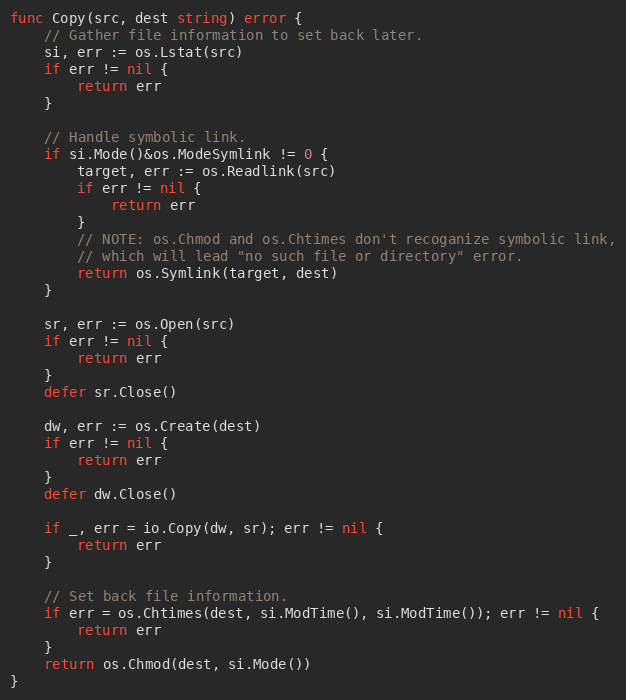
Language: Go
func Copy(src, dest string) error {
	// Gather file information to set back later.
	si, err := os.Lstat(src)
	if err != nil {
		return err
	}

	// Handle symbolic link.
	if si.Mode()&os.ModeSymlink != 0 {
		target, err := os.Readlink(src)
		if err != nil {
			return err
		}
		// NOTE: os.Chmod and os.Chtimes don't recoganize symbolic link,
		// which will lead "no such file or directory" error.
		return os.Symlink(target, dest)
	}

	sr, err := os.Open(src)
	if err != nil {
		return err
	}
	defer sr.Close()

	dw, err := os.Create(dest)
	if err != nil {
		return err
	}
	defer dw.Close()

	if _, err = io.Copy(dw, sr); err != nil {
		return err
	}

	// Set back file information.
	if err = os.Chtimes(dest, si.ModTime(), si.ModTime()); err != nil {
		return err
	}
	return os.Chmod(dest, si.Mode())
}